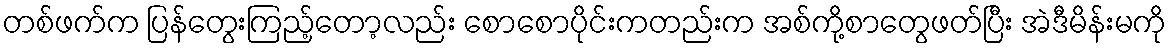
တစ်ဖက်က ပြန်တွေးကြည့်တော့လည်း စောစောပိုင်းကတည်းက အစ်ကို့စာတွေဖတ်ပြီး အဲဒီမိန်းမကို